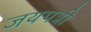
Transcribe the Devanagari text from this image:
जयपत्री